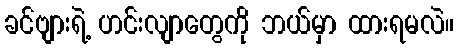
ခင်ဗျားရဲ့ ဟင်းလျာတွေကို ဘယ်မှာ ထားရမလဲ။